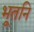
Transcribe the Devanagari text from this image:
भूतनि